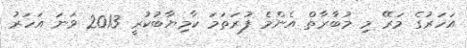
އަހަރުގެ މަރޭ މި މުބާރާތް އެންމެ ފުރަތަމަ ކާމިޔާބުކުރީ 2013 ވަނަ އަހަރު